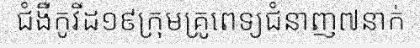
ជំងឺកូវីដ១៩ក្រុមគ្រូពេទ្យជំនាញ៧នាក់